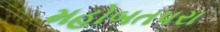
મહોબતપરા